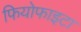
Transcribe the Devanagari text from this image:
फियोफाइटा